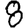
Digit: 8